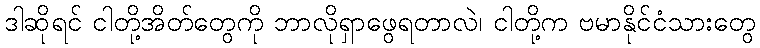
ဒါဆိုရင် ငါတို့အိတ်တွေကို ဘာလိုရှာဖွေရတာလဲ၊ ငါတို့က ဗမာနိုင်ငံသားတွေ